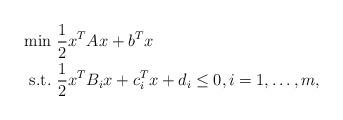
LaTeX: \begin{align*}\begin{aligned}\min&\ \frac{1}{2}x^TAx+b^Tx\\\mbox{s.t.}&\ \frac{1}{2}x^TB_ix+c_i^Tx+d_i\leq0,i=1,\dots,m,\end{aligned}\end{align*}